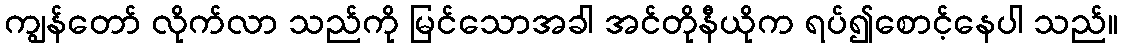
ကျွန်တော် လိုက်လာ သည်ကို မြင်သောအခါ အင်တိုနီယိုက ရပ်၍စောင့်နေပါ သည်။